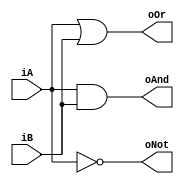
`timescale 1ns / 1ps
//////////////////////////////////////////////////////////////////////////////////
// Company: 
// Engineer: 
// 
// Design Name: 
// Module Name: logic_gates_3
// Project Name: 
// Target Devices: 
// Tool Versions: 
// Description: 
// 
// Dependencies: 
// 
// Revision:
// Revision 0.01 - File Created
// Additional Comments:
// 
//////////////////////////////////////////////////////////////////////////////////


module logic_gates_3(iA,iB,oAnd,oOr,oNot);
    input iA, iB;
    output oAnd,oOr,oNot;
    reg oAnd, oOr, oNot;
    always @(*)
    begin
        oAnd = iA & iB;
        oOr = iA | iB;
        oNot = ~iA;
    end
endmodule